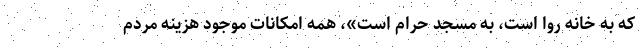
كه به خانه روا است، به مسجد حرام است»، همه امكانات موجود هزينه مردم